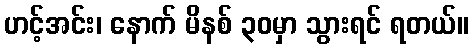
ဟင့်အင်း၊ နောက် မိနစ် ၃၀မှာ သွားရင် ရတယ်။